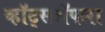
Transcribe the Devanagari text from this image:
व्हॉट्सॲपला